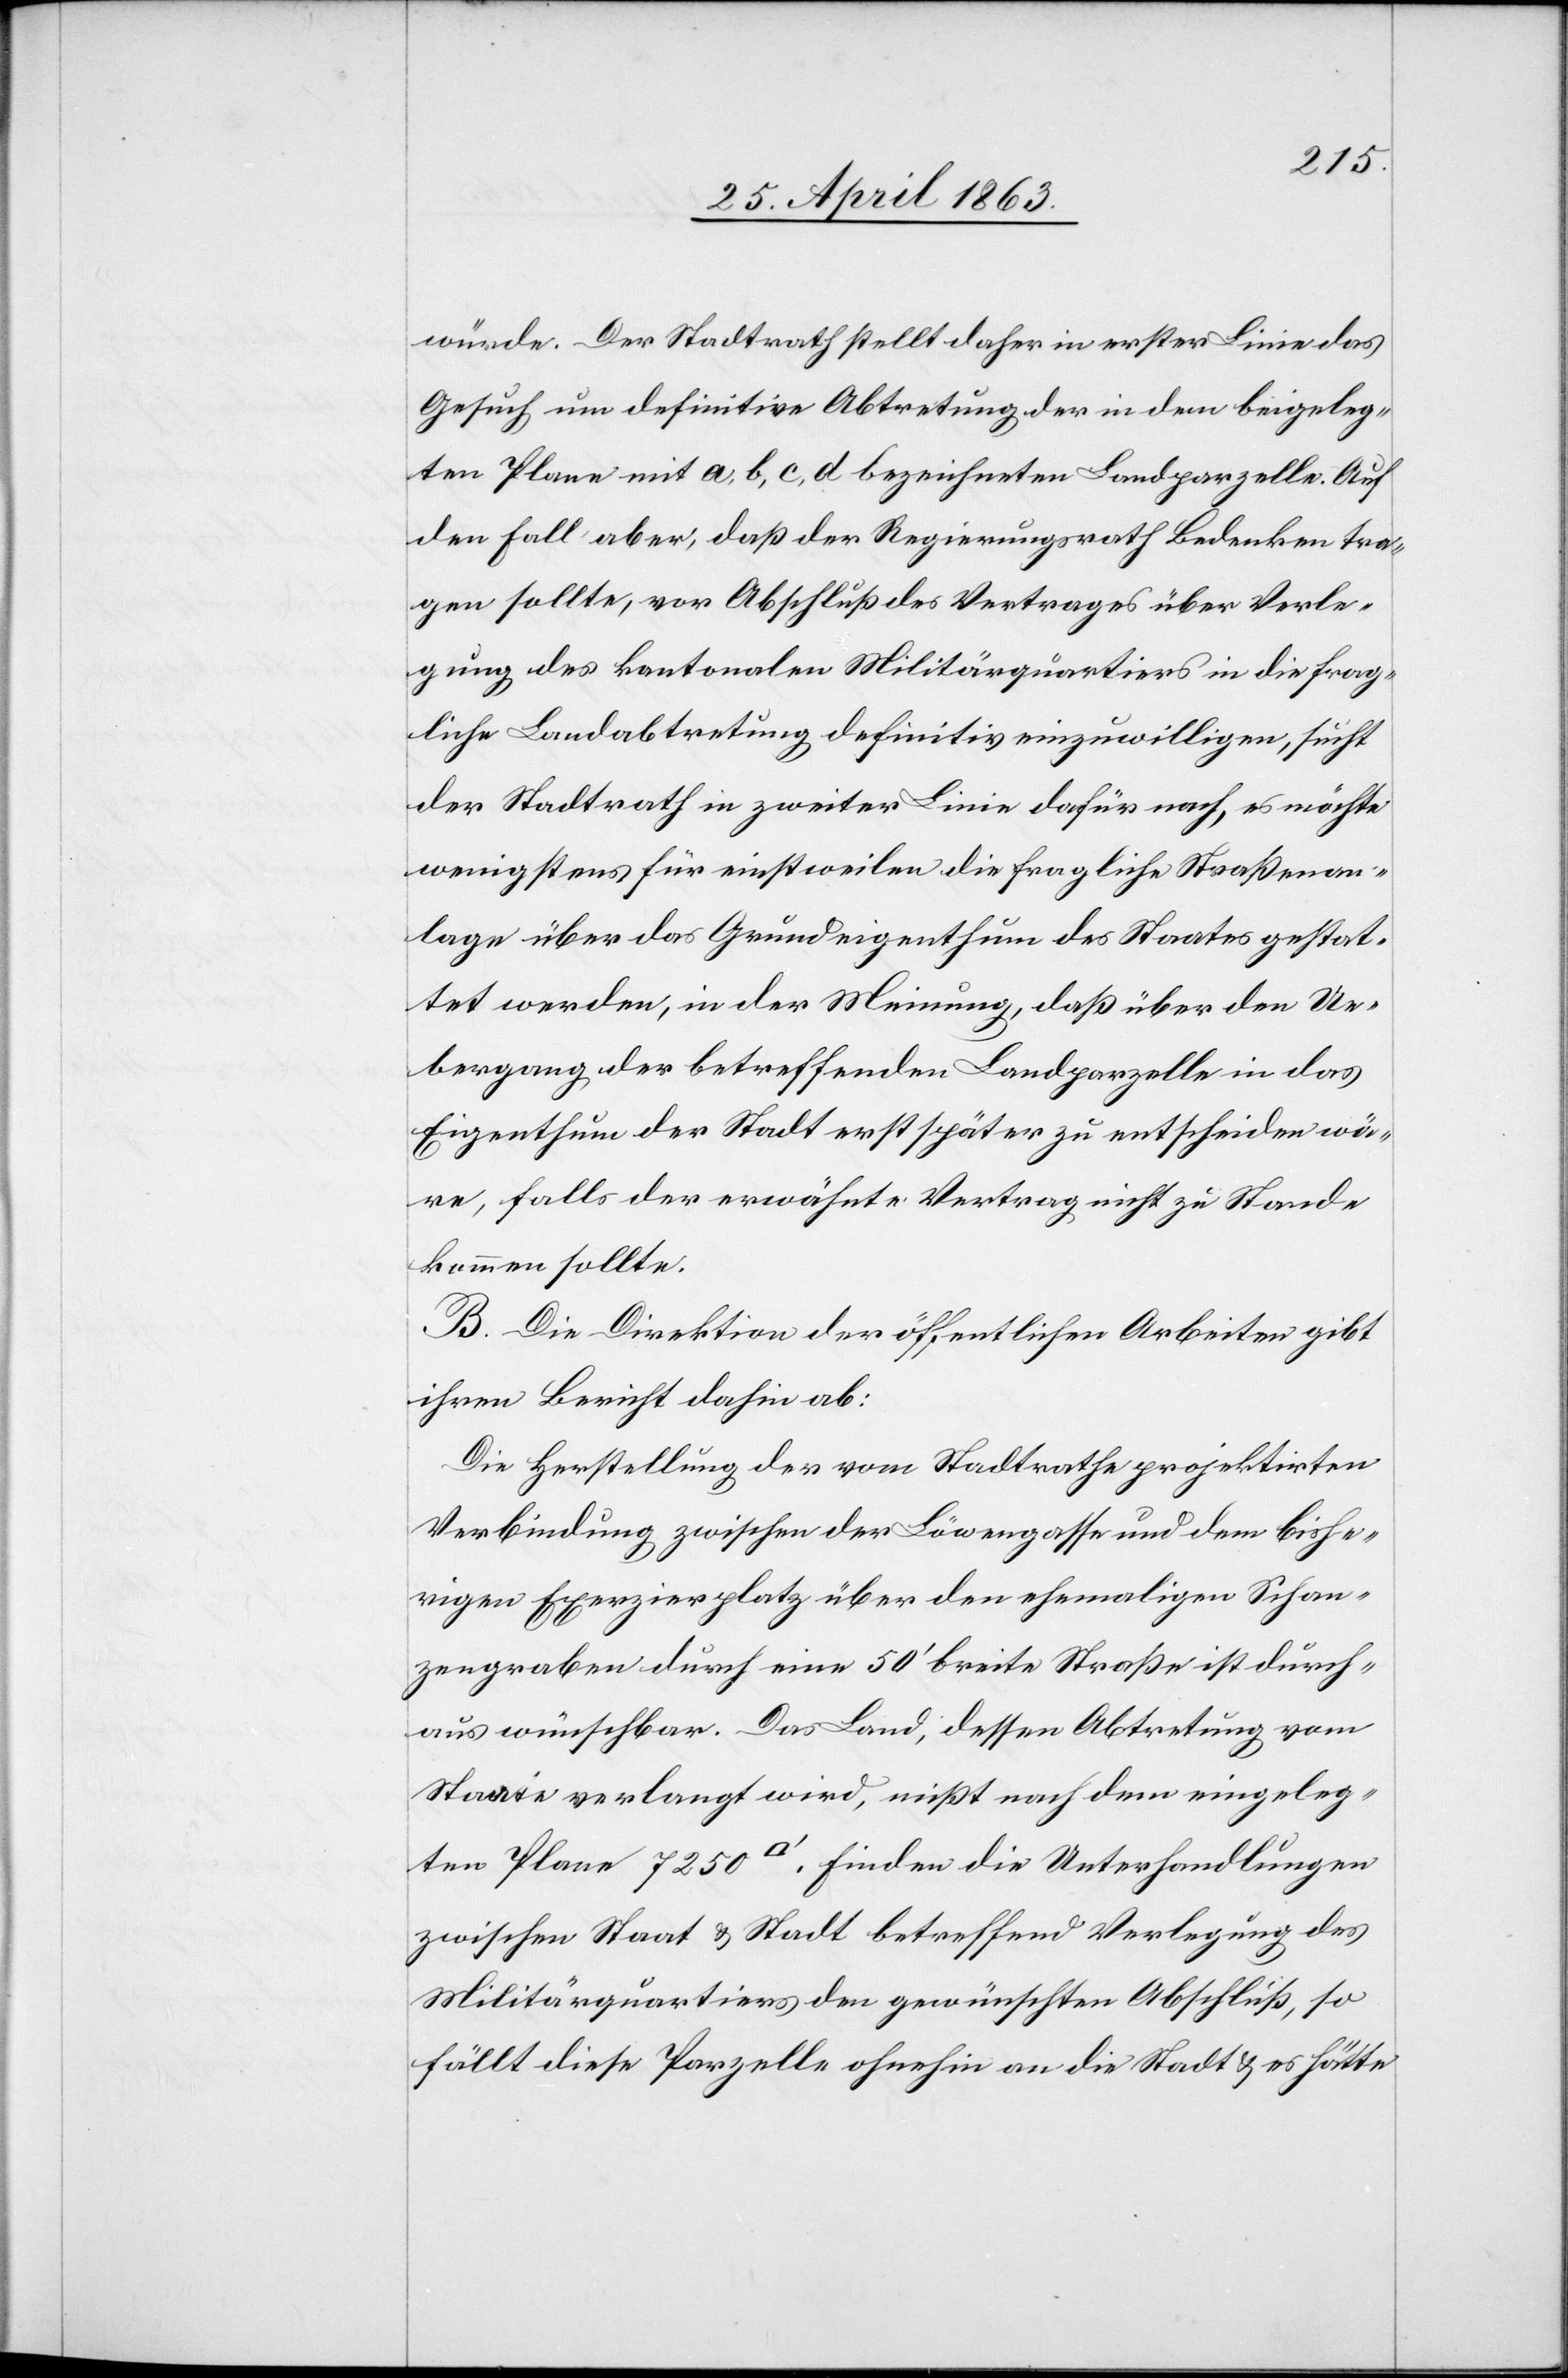
würde. Der Stadtrath stellt daher in erster Linie das
Gesuch um definitive Abtretung der in dem beigeleg¬
ten Plane mit a, b, c, d bezeichneten Landparzelle. Auf
den Fall aber, daß der Regierungsrath Bedenken tra¬
gen sollte, vor Abschluß des Vertrages über Verle¬
gung des kantonalen Militärquartiers in die frag¬
liche Landabtretung definitiv einzuwilligen, sucht
der Stadtrath in zweiter Linie dafür nach, es möchte
wenigstens für einstweilen die fragliche Straßenan¬
lage über das Grundeigenthum des Staates gestat¬
tet werden, in der Meinung, daß über den Ue¬
bergang der betreffenden Landparzelle in das
Eigenthum der Stadt erst später zu entscheiden wä¬
re, falls der erwähnte Vertrag nicht zu Stande
kommen sollte.
B. Die Direktion der öffentlichen Arbeiten gibt
ihren Bericht dahin ab:
Die Herstellung der vom Stadtrathe projektirten
Verbindung zwischen der Löwengasse und dem bishe¬
rigen Exerzierplatz über den ehemaligen Schan¬
zengraben durch eine 50' breite Straße ist durch¬
aus wünschbar. Das Land, dessen Abtretung vom
Staate verlangt wird, mißt nach dem eingeleg¬
ten Plane 7250 [Quadratfuss]. Finden die Unterhandlungen
zwischen Staat & Stadt betreffend Verlegung des
Militärquartiers den gewünschten Abschluß, so
fällt diese Parzelle ohnehin an die Stadt & es hätte